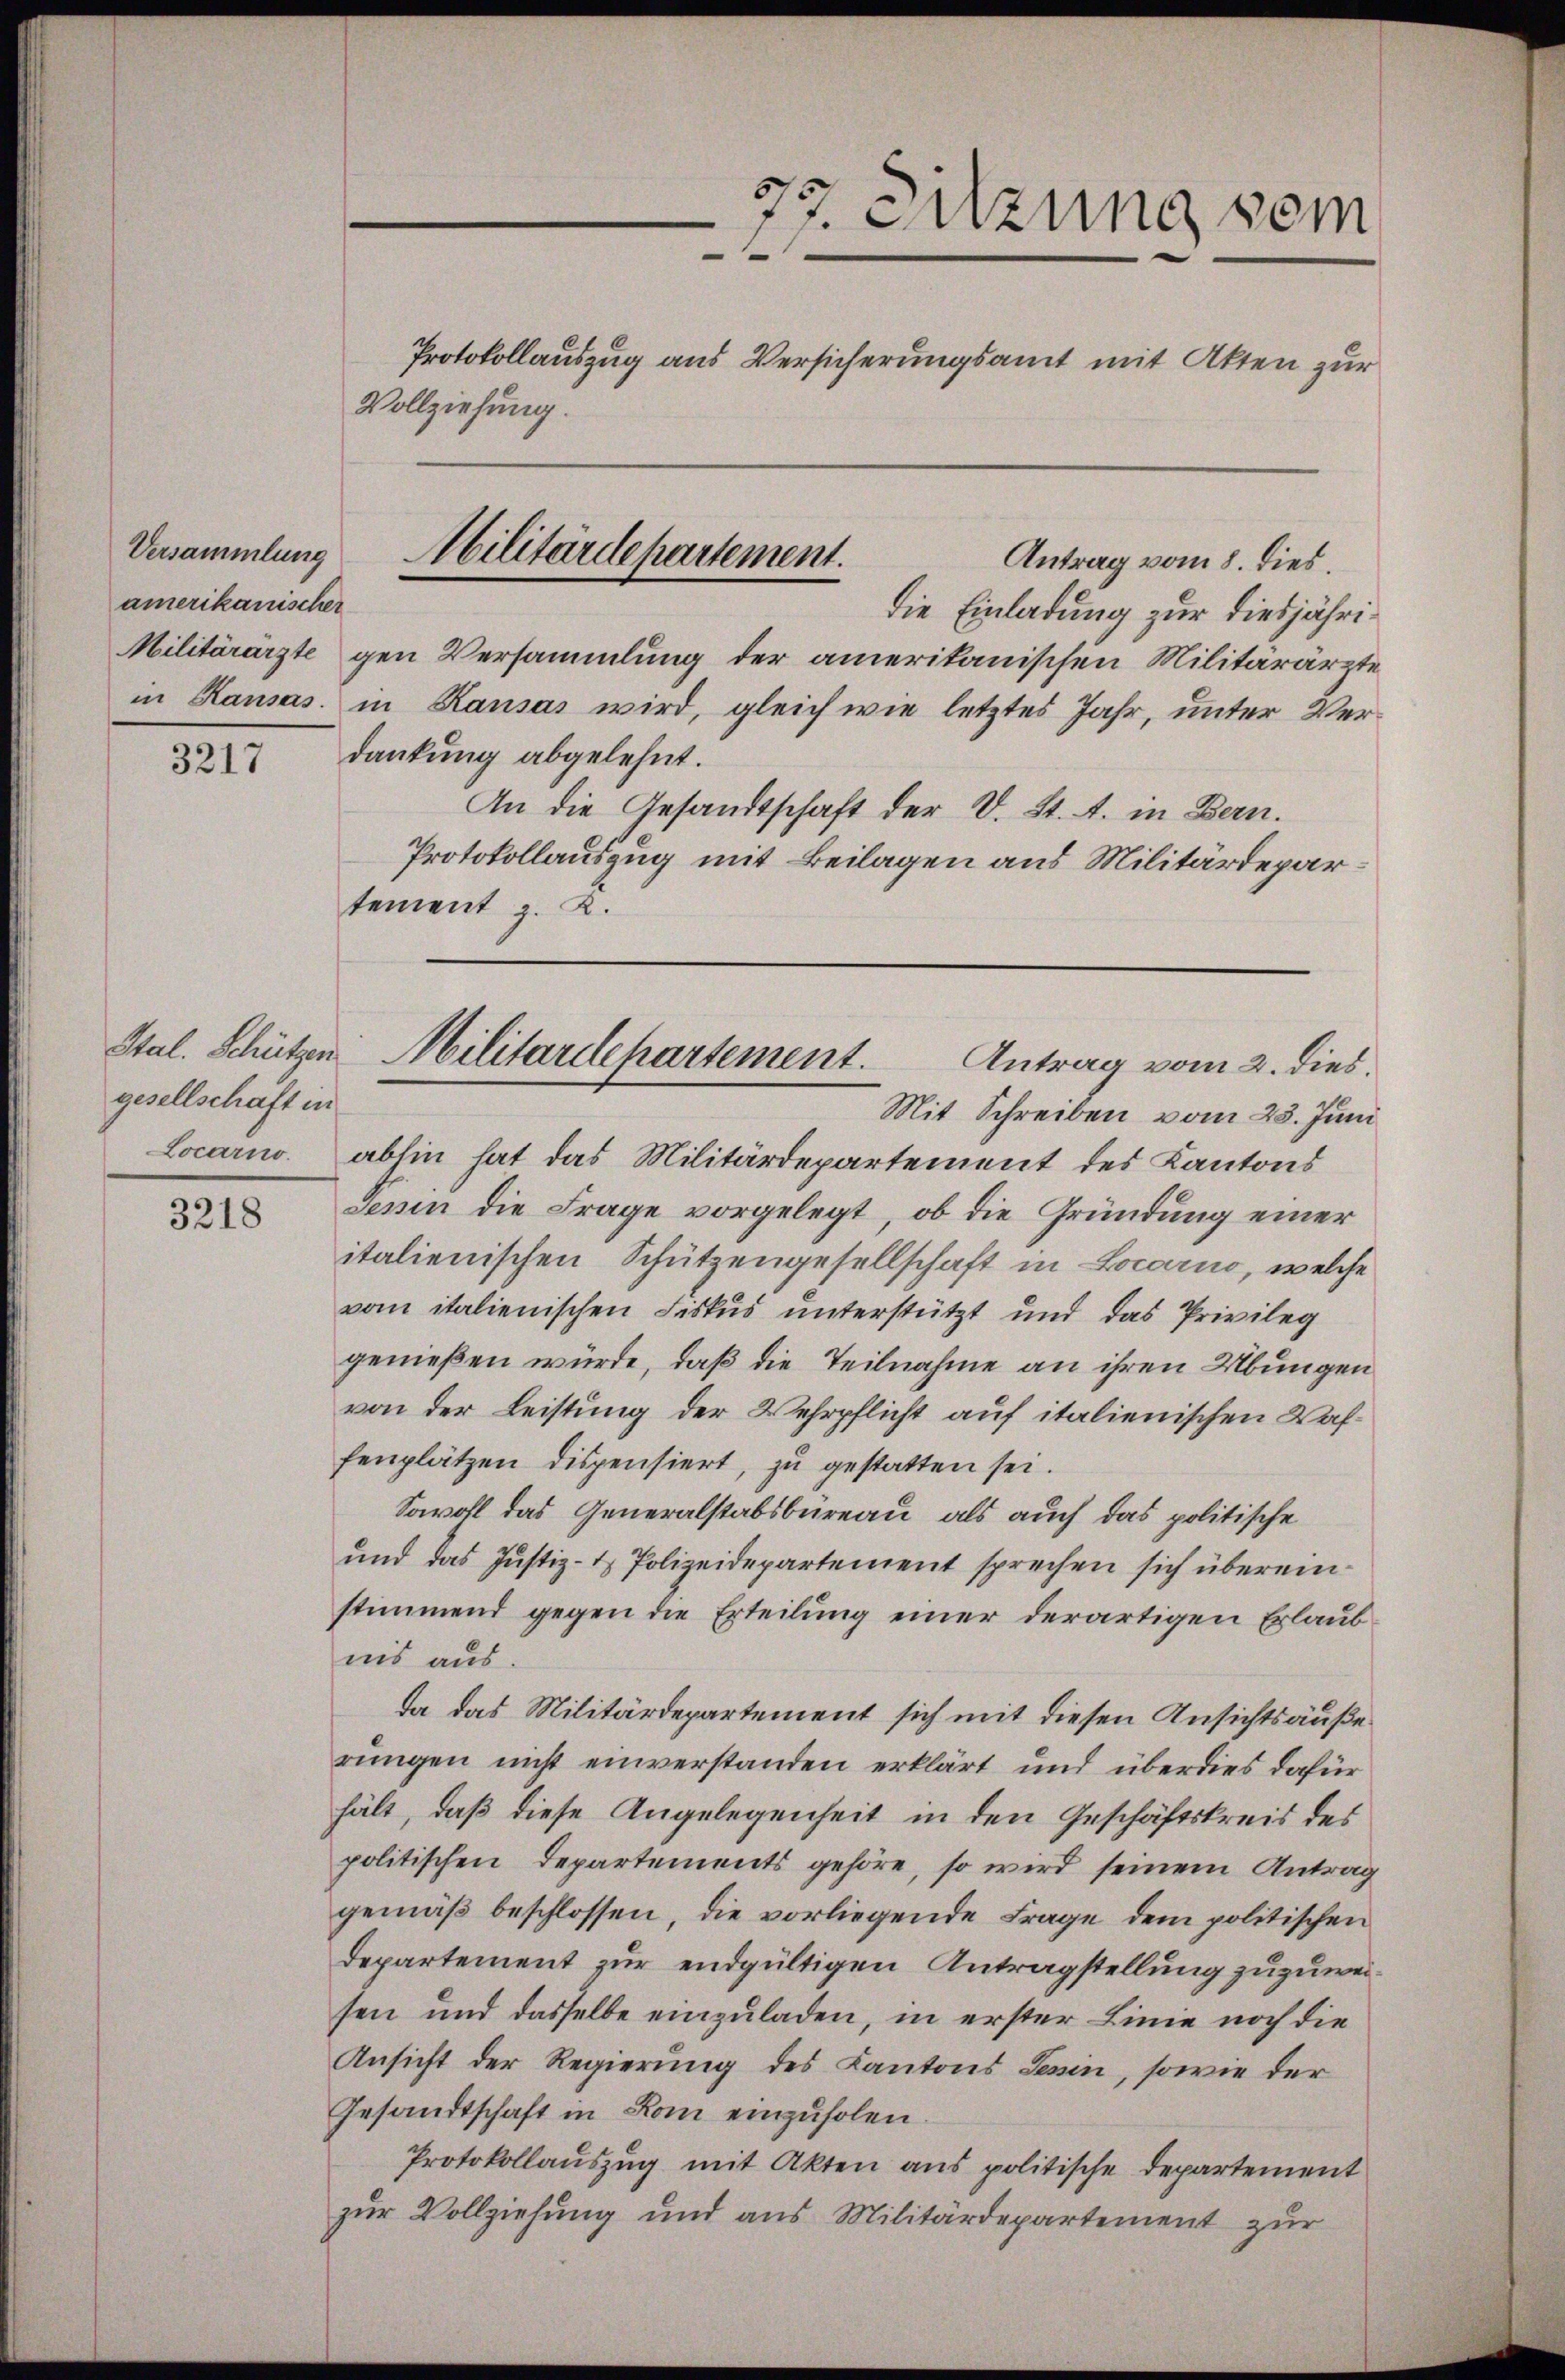
Versammlung
amerikanischer

3217

gesellschaft in

3218

Vollziehung.

77. Sitzung vom
Protokollauszug aus Versicherungsamt mit Akten zur

die Einladung zur diesjähri¬
Militärärzte gen Versammlung der amerikanischen Militärärzte
in Kausas. in Kausas wird, gleich wie letztes Jahr, unter Verdankung abgelehnt.
An die Gesandtschaft der D. St. A. in Bern.
Protokollauszug mit Beilagen aus Militärdepartement z. R.

Militärdepartement.
Antrag vom 8. dies.

Mit Schreiben vom 23. Juni
Locarno abhin hat das Militärdepartement des Kantons
Pesin die Frage vorgelegt, ob die Gründung einer
italienischen Schützengesellschaft in Locarno, welche
vom italienischen Fiskus unterstützt und das Privileg
genießen würde, daß die Teilnahme an ihren Übungen
von der Leistung der Wehrpflicht auf italienischen Waffenplätzen dispensiert, zu gestatten sei.
Sowohl das Generalstabsbureau, als auch das politische
und das Justiz- & Polizeidepartement sprechen sich übereinstimmend gegen die Erteilung einer derartigen Erlaubnis aus.
Da das Militärdepartement sich mit diesen Ansichtsäußerungen nicht einverstanden erklärt und überdies dafür
hält, daß diese Angelegenheit in den Geschäftskreis des
politischen Departements gehöre, so wird seinem Antrag
gemäß beschlossen, die vorliegende Frage dem politischen
departement zur endgültigen Antragstellung zuzuweisen und dasselbe einzuladen, in erster Linie noch die
Ansicht der Regierung des Kantons Senin, sowie der
Gesandtschaft in Rom einzuholen.
Protokollauszug mit Akten aus politische Departement
zur Vollziehung und aus Militärdepartement zur

Stal. Schützen Militarilepartement.
Antrag vom 2. dies.